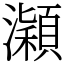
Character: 𤃡